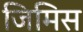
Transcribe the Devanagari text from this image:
जिमिस